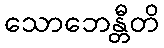
သောဘေန္တီတိ